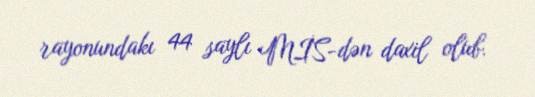
rayonundakı 44 saylı MİS-dən daxil olub.